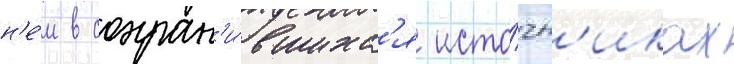
н'е́м в сохран'и́вшихс'я исто́чн'иках